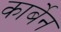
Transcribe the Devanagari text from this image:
कार्बेन